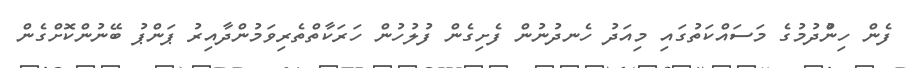
ފެން ހިންުދުމުގެ މަސައްކަތުގައި މިއަދު ހެނދުނުން ފެށިގެން ފުލުހުން ހަރަކާތްތެރިވަމުންދާއިރު ޕަންޕު ބޭނުންކޮށްގެން